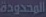
المحدودة